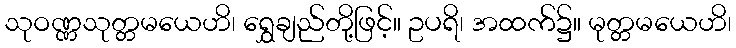
သုဝဏ္ဏသုတ္တမယေဟိ၊ ရွှေချည်တို့ဖြင့်။ ဥပရိ၊ အထက်၌။ မုတ္တမယေဟိ၊